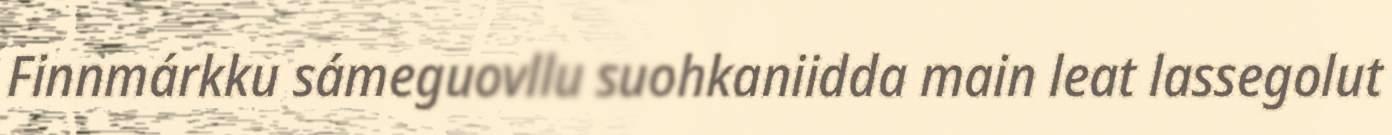
Finnmárkku sámeguovllu suohkaniidda main leat lassegolut